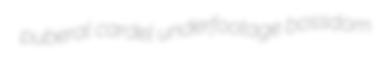
puberal cardel underfootage bossdom